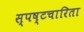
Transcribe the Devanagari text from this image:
स्पष्टचारिता